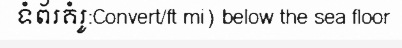
ទំព័រគំរូ:Convert/ft mi) below the sea floor